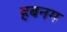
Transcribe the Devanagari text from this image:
हबनग